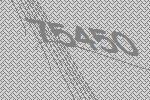
75450